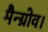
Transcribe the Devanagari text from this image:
मैन्ग्रोव।